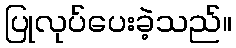
ပြုလုပ်ပေးခဲ့သည်။